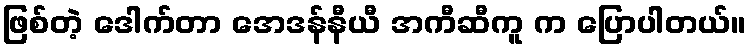
ဖြစ်တဲ့ ဒေါက်တာ အေဒန်နီယီ အကီဆီကူ က ပြောပါတယ်။